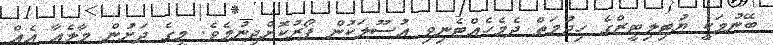
ބޭނުމަކީ ޔުޓިލިޓީޒްގެ ހިދުމަތް ދެމެހެއްޓެނިވި އުސޫލަކުން ފޯރުކޮށްދިނުމެވެ. މީގެ ދަށުން މާލެއާ އެއް